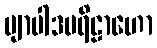
ဗျာပါဒပရိဠာဟော